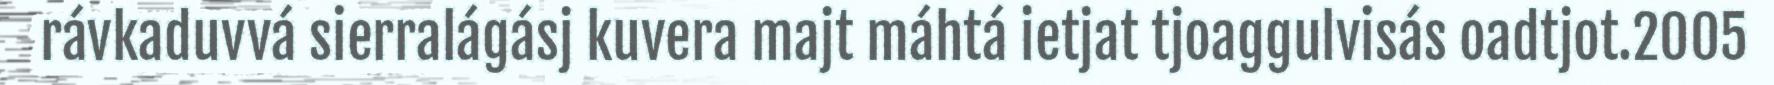
rávkaduvvá sierralágásj kuvera majt máhtá ietjat tjoaggulvisás oadtjot.2005